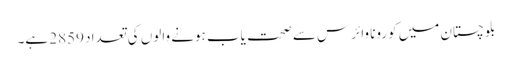
بلوچستان میں کورونا وائرس سے صحت یاب ہونے والوں کی تعداد 2859 ہے۔